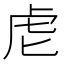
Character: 䖈